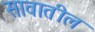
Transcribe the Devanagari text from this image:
सावातील